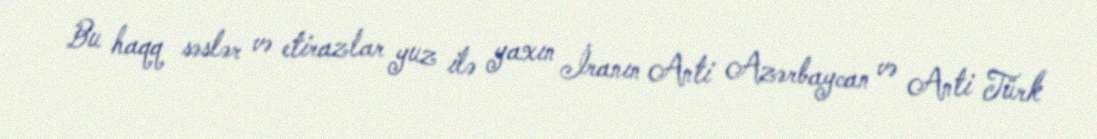
Bu haqq səslər və etirazlar yuz ilə yaxın İranın Anti Azərbaycan və Anti Türk